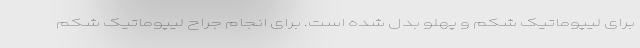
برای لیپوماتیک شکم و پهلو بدل شده است. برای انجام جراح لیپوماتیک شکم